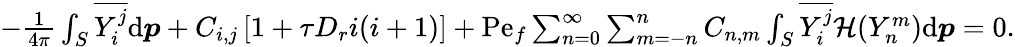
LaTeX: \begin{array}{r}{-\frac{1}{4\pi}\int_{S}\overline{{Y_{i}^{j}}}\mathrm{d}\boldsymbol{p}+C_{i,j}\left[1+\tau D_{r}i(i+1)\right]+\mathrm{Pe}_{f}\sum_{n=0}^{\infty}\sum_{m=-n}^{n}C_{n,m}\int_{S}\overline{{Y_{i}^{j}}}\mathcal{H}(Y_{n}^{m})\mathrm{d}\boldsymbol{p}=0.}\end{array}